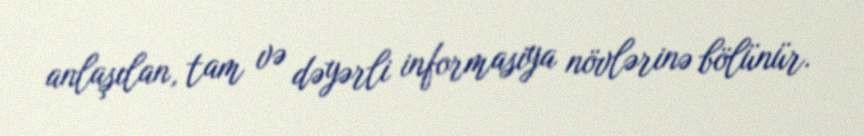
anlaşılan, tam və dəyərli informasiya növlərinə bölünür.